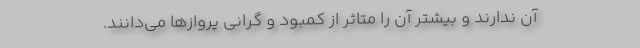
آن ندارند و بیشتر آن را متاثر از کمبود و گرانی پروازها می‌دانند.